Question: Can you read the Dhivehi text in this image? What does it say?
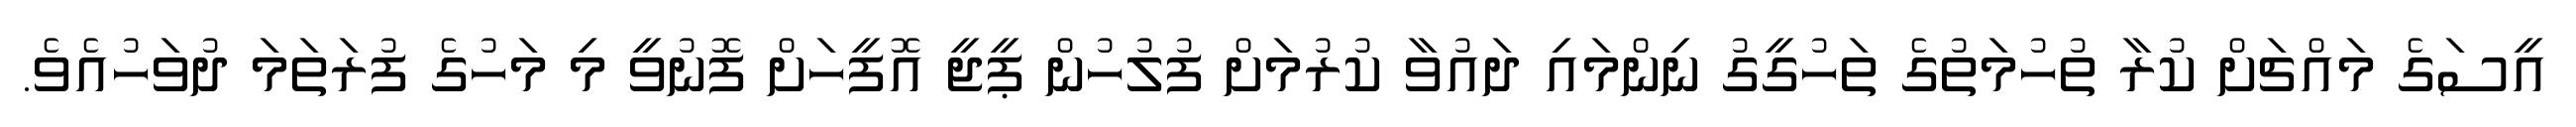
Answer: އީސަގެ މައްޗަށް ކުރާ ތުހުމަތުގެ ތަހުގީގު ނިންމައި ދައުވާ ކުރުމަށް ފުލުހުން ޕީޖީ އޮފީހަށް ފޮނުވީ މި މަހުގެ ފުރަތަމަ ދުވަހުއެވެ.